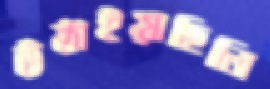
উঠাইয়াছিলি